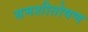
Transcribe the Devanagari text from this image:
समशीतोषण